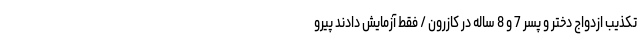
تکذیب ازدواج دختر و پسر 7 و 8 ساله در کازرون / فقط آزمایش دادند پیرو